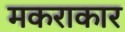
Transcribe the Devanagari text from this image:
मकराकार